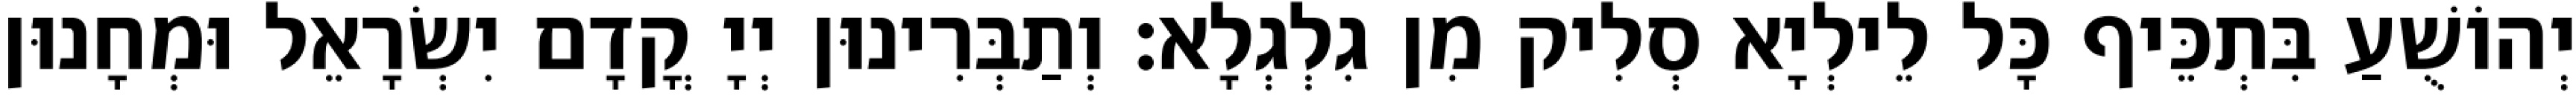
יְהוֹשֻׁעַ בִּתְכֵּיף כָּל לֵילְיָא סְלִיק מִן גִלְגְלָא׃ וְתַבְּרִינוּן יְיָ קֳדָם יִשְׂרָאֵל וּמְחָנוּן